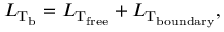
{ \cal L } _ { \mathrm { T _ { \mathrm { b } } } } = { \cal L } _ { \mathrm { T _ { \mathrm { f r e e } } } } + { \cal L } _ { \mathrm { T _ { \mathrm { b o u n d a r y } } } } ,